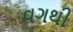
વગથી